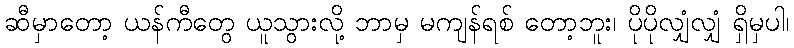
ဆီမှာတော့ ယန်ကီတွေ ယူသွားလို့ ဘာမှ မကျန်ရစ် တော့ဘူး၊ ပိုပိုလျှံလျှံ ရှိမှပါ၊